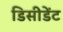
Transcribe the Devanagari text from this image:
डिसीडेंट